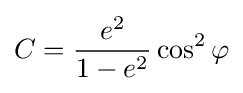
C={\frac {e^{2}}{1-e^{2}}}\cos ^{2}\varphi